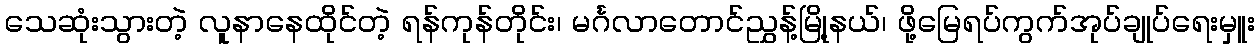
သေဆုံးသွားတဲ့ လူနာနေထိုင်တဲ့ ရန်ကုန်တိုင်း၊ မင်္ဂလာတောင်ညွှန့်မြို့နယ်၊ ဖို့မြေရပ်ကွက်အုပ်ချုပ်ရေးမှူး